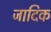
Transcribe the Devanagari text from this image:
जादिक